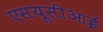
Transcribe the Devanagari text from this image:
एसयूसीआई